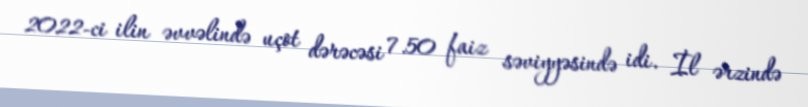
2022-ci ilin əvvəlində uçot dərəcəsi 7.50 faiz səviyyəsində idi. İl ərzində